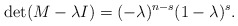
\begin{align*}\mathrm{det}(M -\lambda I) = (-\lambda)^{n-s}(1-\lambda)^s.\end{align*}